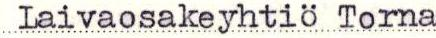
Laivaosakeyhtiö Torna